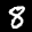
Label: 8